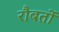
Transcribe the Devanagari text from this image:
रौबर्तो